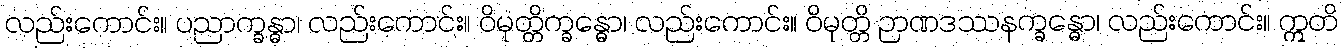
လည်းကောင်း။ ပညာက္ခန္ဓာ၊ လည်းကောင်း။ ဝိမုတ္တိက္ခန္ဓော၊ လည်းကောင်း။ ဝိမုတ္တိ ဉာဏဒဿနက္ခန္ဓော၊ လည်းကောင်း။ ဣတိ